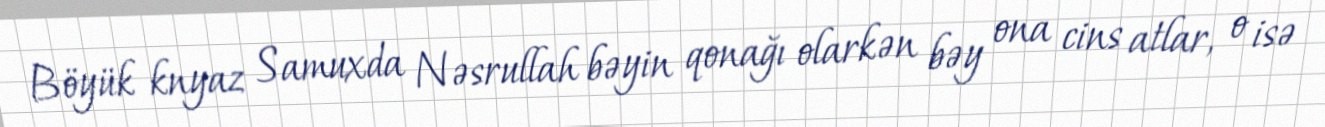
Böyük knyaz Samuxda Nəsrullah bəyin qonağı olarkən bəy ona cins atlar, o isə